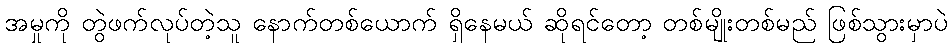
အမှုကို တွဲဖက်လုပ်တဲ့သူ နောက်တစ်ယောက် ရှိနေမယ် ဆိုရင်တော့ တစ်မျိုးတစ်မည် ဖြစ်သွားမှာပဲ